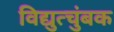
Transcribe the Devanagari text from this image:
विद्युत्चुंबक